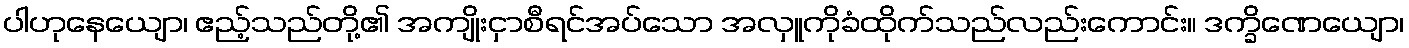
ပါဟုနေယျော၊ ဧည့်သည်တို့၏ အကျိုးငှာစီရင်အပ်သော အလှူကိုခံထိုက်သည်လည်းကောင်း။ ဒက္ခိဏေယျော၊